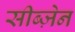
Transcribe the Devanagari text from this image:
सीब्ज़ेन